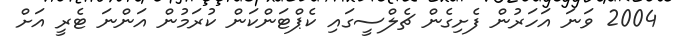
2004 ވަނަ އަހަރުން ފެށިގެން ޗެލްސީގައި ކެޕްޓަންކަން ކުރަމުން އަންނަ ޓެރީ އަށް